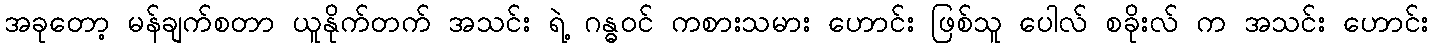
အခုတော့ မန်ချက်စတာ ယူနိုက်တက် အသင်း ရဲ့ ဂန္ဓဝင် ကစားသမား ဟောင်း ဖြစ်သူ ပေါလ် စခိုးလ် က အသင်း ဟောင်း